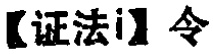
【证法i】令